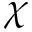
\chi